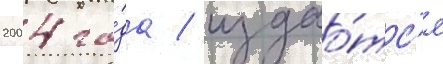
2004 го́да / издао́тс'я